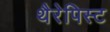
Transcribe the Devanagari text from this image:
थैरेपिस्ट